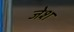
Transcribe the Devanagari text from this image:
जेश